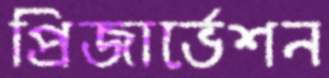
প্রিজার্ভেশন